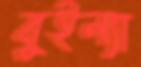
বুইল্যা